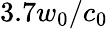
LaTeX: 3.7w_{0}/c_{0}